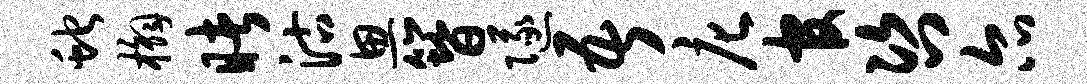
蛇槲睹沽思簪隧吾庀官咨尔